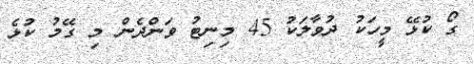
ގޯ ކުޅޭ މީހަކު ދުވާލަކު 45 މިނިޓު ވަންދެން މި ގޭމު ކުޅެ